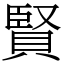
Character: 賢